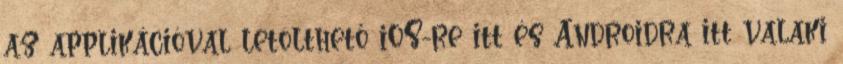
az applikációval letölthető iOS-re itt és Androidra itt valaki